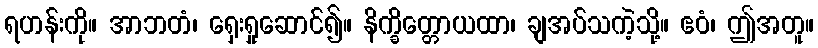
ရဟန်းကို။ အာဘတံ၊ ရှေးရှုဆောင်၍။ နိက္ခိတ္တောယထာ၊ ချအပ်သကဲ့သို့။ ဧဝံ၊ ဤအတူ။